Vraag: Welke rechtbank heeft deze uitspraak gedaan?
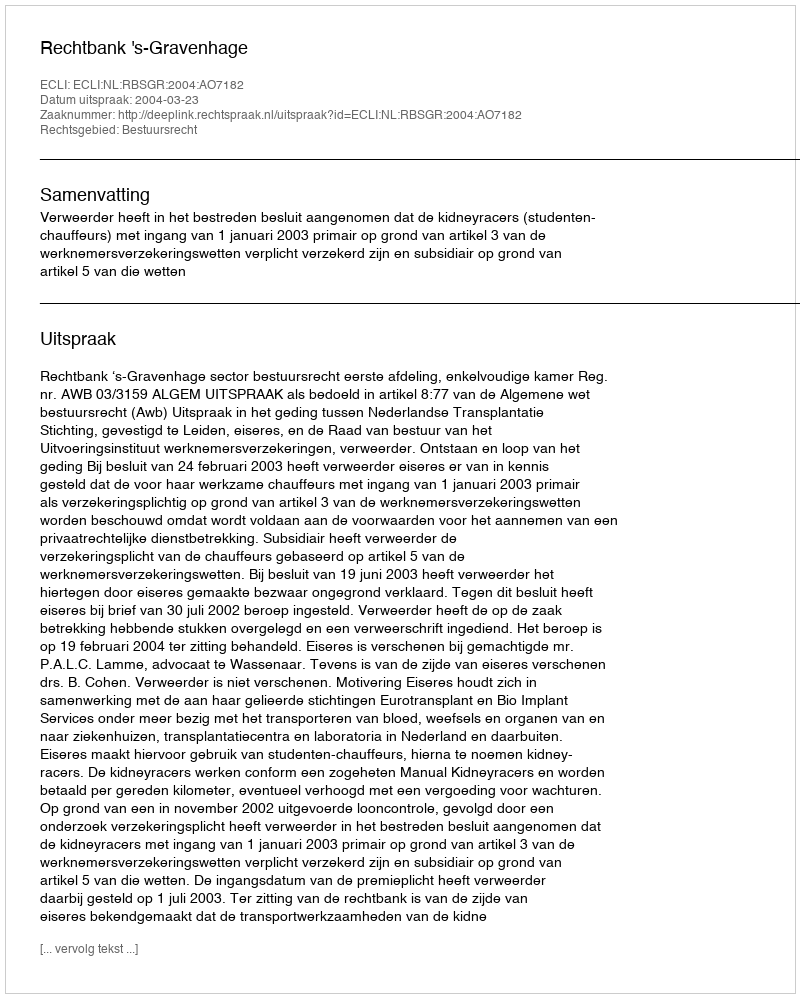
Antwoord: Rechtbank 's-Gravenhage